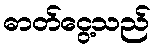
ဓာတ်ငွေ့သည်